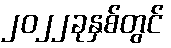
၂၀၂၂ခုနှစ်တွင်